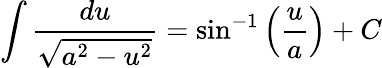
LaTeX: \int{\frac{du}{\sqrt{a^{2}-u^{2}}}}=\sin^{-1}\left({\frac{u}{a}}\right)+C